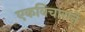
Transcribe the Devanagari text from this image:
एकविचाराने